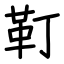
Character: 靪